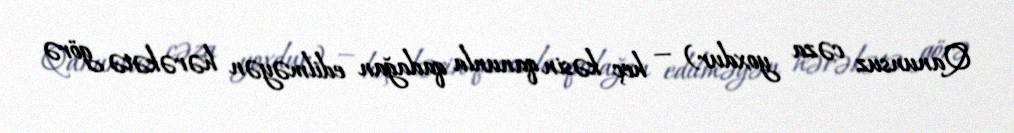
Qanunsuz cəza yoxdur) — heç kəsin qanunla qadağan edilməyən hərəkətə görə